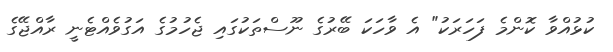
ކުޅުއްވާ ކޮންމެ ފަހަރަކު" އެ ވާހަކަ ބޭރުގެ ނޫސްތަކުގައި ޖެހުމުގެ އަގުވެއްޓެނީ ރާއްޖޭގެ